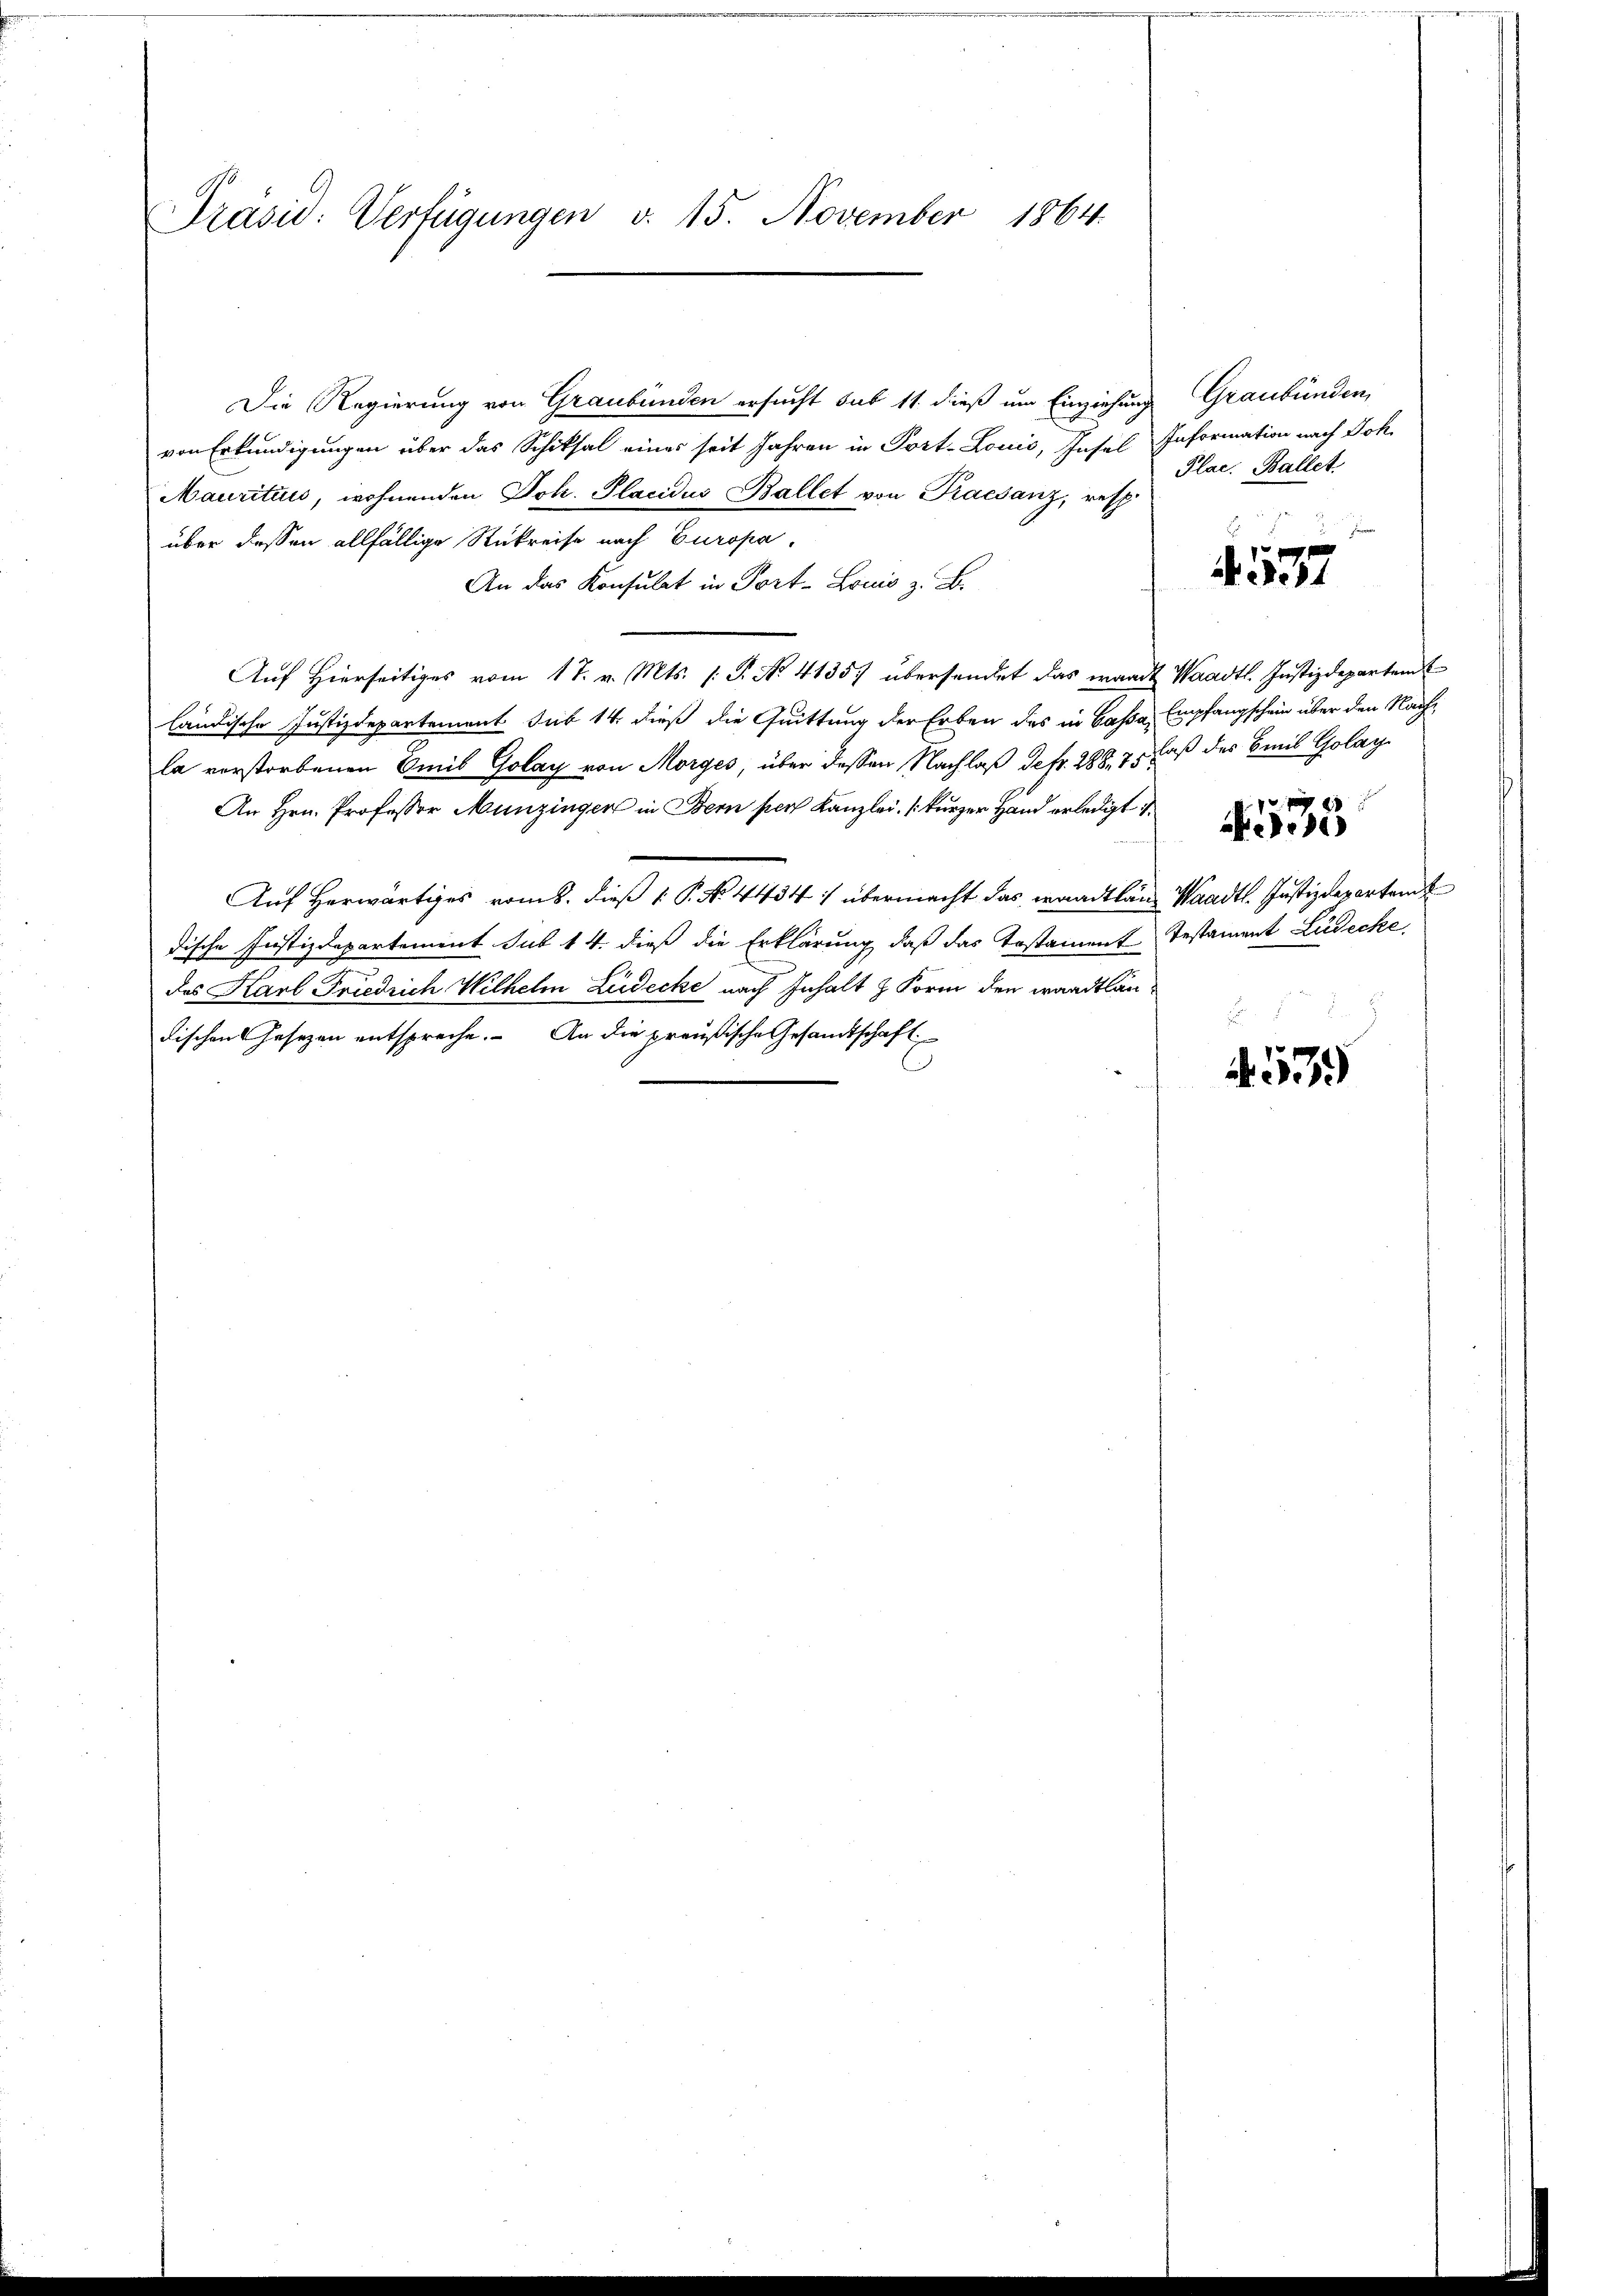
Präsid: Verfügungen v. 15. November 1864.

Die Regierung von Graubünden ersucht sub 11. dieß um Einziehung
von Erkundigungen über das Schiksal eines seit Jahren in Port-Louić, Insel Information nach Joh.
Mauritiis, wohnenden Joh. Placidus Ballet von Praesanz, resp.
über dessen allfällige Rückreise nach Europa
An das Konsulat in Port- Louis z. B.
Auf Hierseitiges vom 17. v. Mts. (T. No 41357 übersendet das waadt Waadt. Justizdepartem E
ländische Justizdepartement sub 14. dieß die Quittung der Erben des in Cassa, Empfangschein über den Nachla verstorbenen Emil Golay von Morges, über dessen Nachlaß defr. 288. 75 Faß des Breis Golay
An Hrn. Professor Munzingen in Bern pers Kanzlei (kurzer Hand erledigt
Auf Herwärtiges vom 8. dieß P. No. 4434/ übermacht das waadtländ Waadt. Justizdepartamt
dische Justizdepartement sub 14. dieß die Erklärung, daß das Testament Testament Ludecke
des Karl Friedrich Wilhelm Ludecke nach Inhalt & Form den waadtländischen Gesezen entspreche. An die preußische Gesandtschaft
s

Graubünden
Plac. Ballet

537

35
.

453.